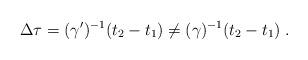
LaTeX: \begin{align*}\Delta\tau = (\gamma ^\prime )^{-1}(t_2-t_1)\neq (\gamma )^{-1}(t_2-t_1)\; .\end{align*}